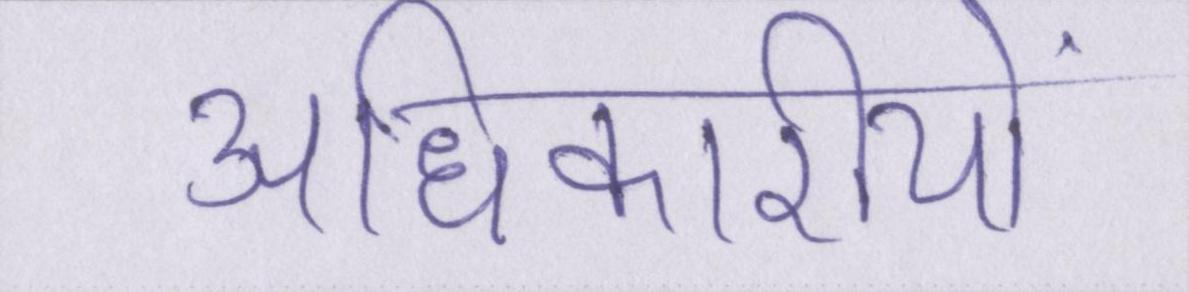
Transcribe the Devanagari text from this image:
अधिकारीयों